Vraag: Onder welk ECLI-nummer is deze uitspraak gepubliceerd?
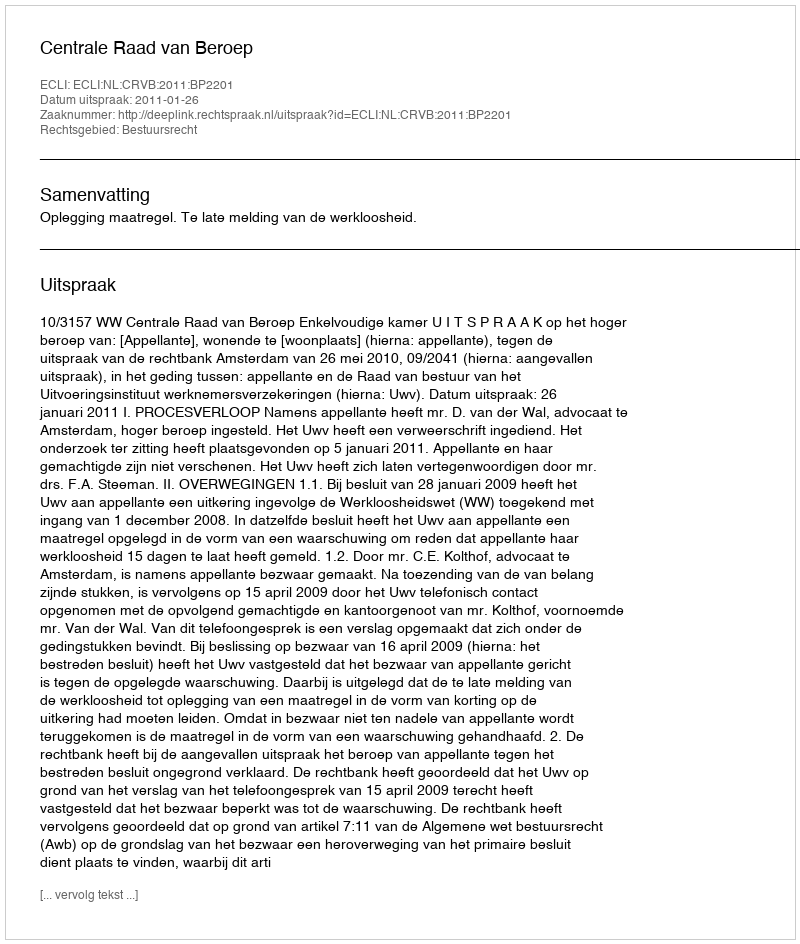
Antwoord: ECLI:NL:CRVB:2011:BP2201